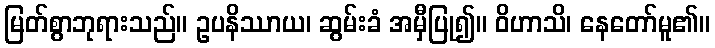
မြတ်စွာဘုရားသည်။ ဥပနိဿာယ၊ ဆွမ်းခံ အမှီပြု၍။ ဝိဟာသိ၊ နေတော်မူ၏။